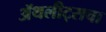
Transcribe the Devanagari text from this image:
ॲथलीट्सचा